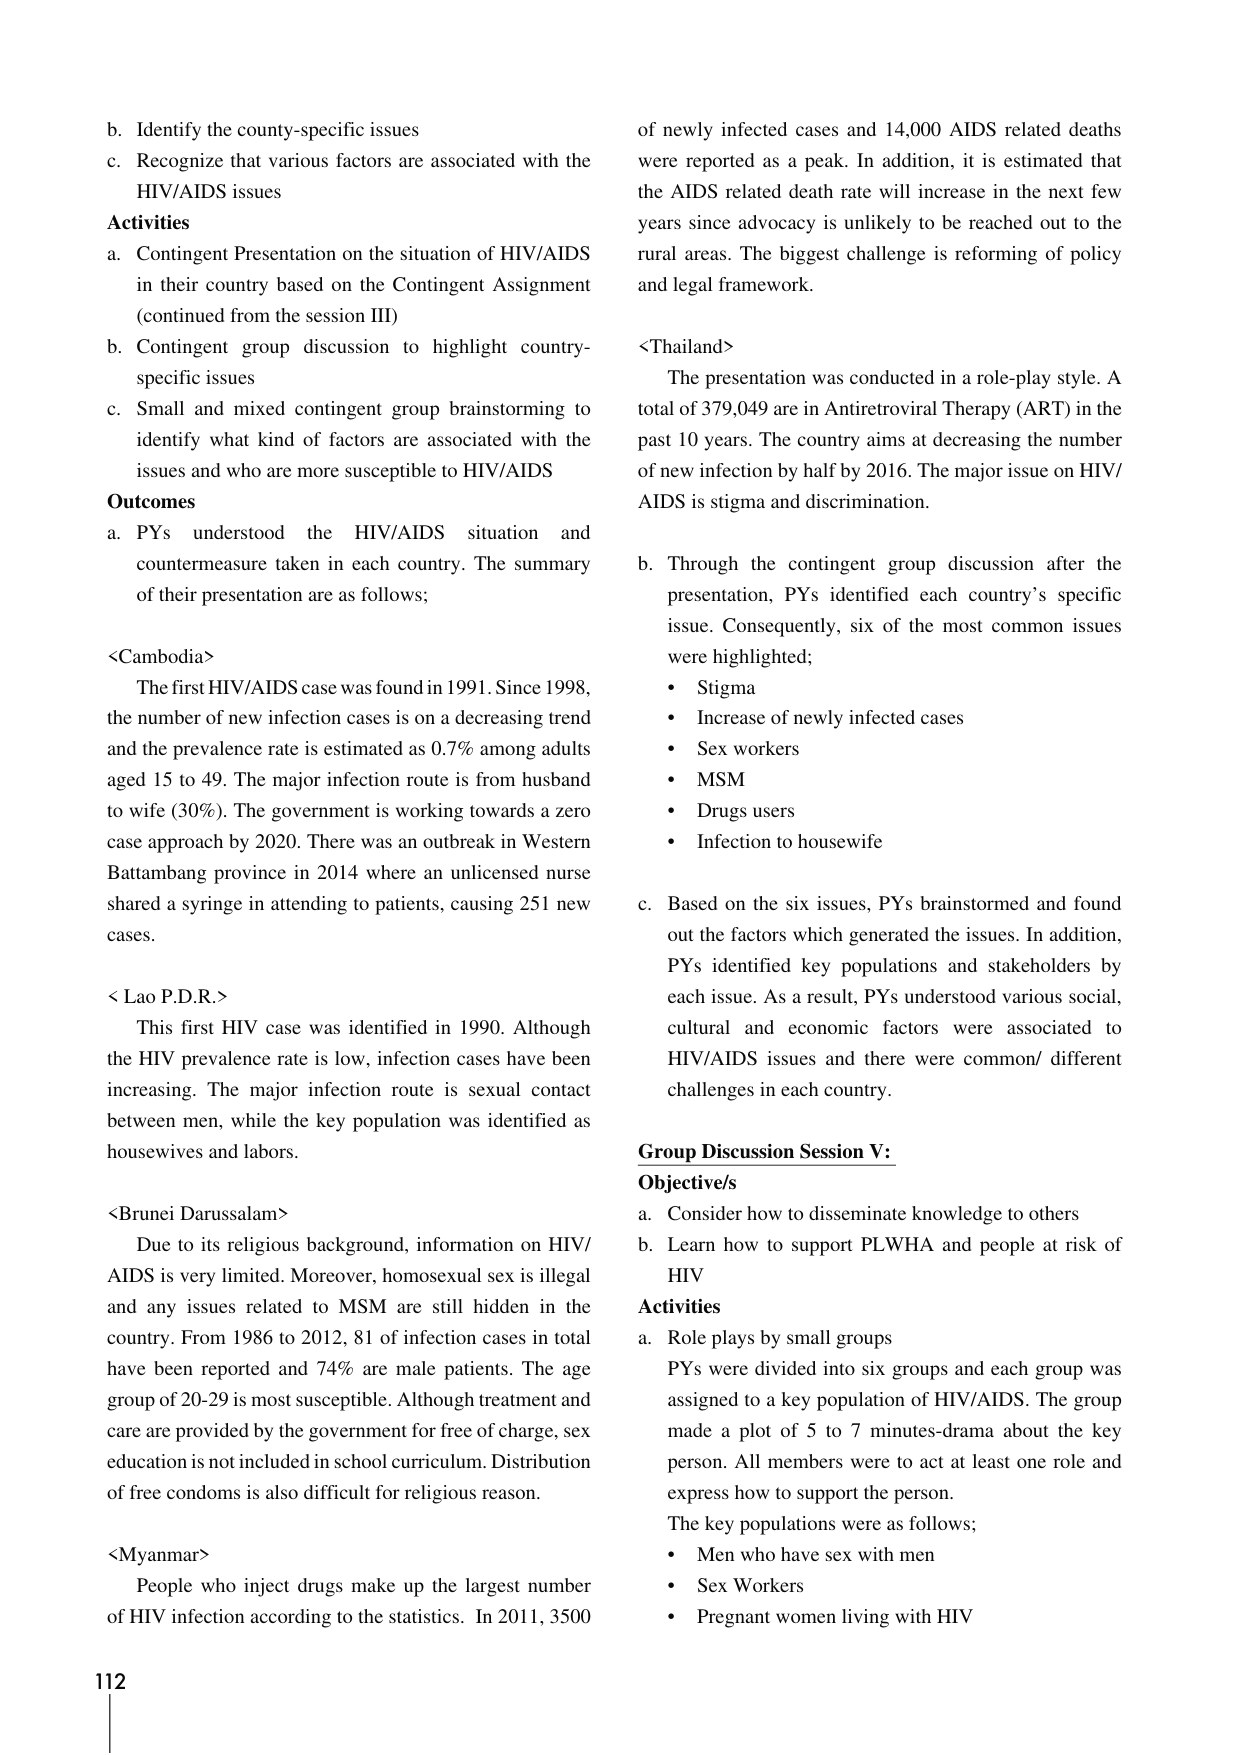
b. Identify the county-specific issues
c. Recognize that various factors are associated with the HIV/AIDS issues

**Activities**
a. Contingent Presentation on the situation of HIV/AIDS in their country based on the Contingent Assignment (continued from the session III)
b. Contingent group discussion to highlight country-specific issues
c. Small and mixed contingent group brainstorming to identify what kind of factors are associated with the issues and who are more susceptible to HIV/AIDS

**Outcomes**
a. PYs understood the HIV/AIDS situation and countermeasure taken in each country. The summary of their presentation are as follows;

<Cambodia>
The first HIV/AIDS case was found in 1991. Since 1998, the number of new infection cases is on a decreasing trend and the prevalence rate is estimated as 0.7% among adults aged 15 to 49. The major infection route is from husband to wife (30%). The government is working towards a zero case approach by 2020. There was an outbreak in Western Battambang province in 2014 where an unlicensed nurse shared a syringe in attending to patients, causing 251 new cases.

<Lao P.D.R.>
This first HIV case was identified in 1990. Although the HIV prevalence rate is low, infection cases have been increasing. The major infection route is sexual contact between men, while the key population was identified as housewives and labors.

<Brunei Darussalam>
Due to its religious background, information on HIV/AIDS is very limited. Moreover, homosexual sex is illegal and any issues related to MSM are still hidden in the country. From 1986 to 2012, 81 of infection cases in total have been reported and 74% are male patients. The age group of 20-29 is most susceptible. Although treatment and care are provided by the government for free of charge, sex education is not included in school curriculum. Distribution of free condoms is also difficult for religious reason.

<Myanmar>
People who inject drugs make up the largest number of HIV infection according to the statistics. In 2011, 3500 of newly infected cases and 14,000 AIDS related deaths were reported as a peak. In addition, it is estimated that the AIDS related death rate will increase in the next few years since advocacy is unlikely to be reached out to the rural areas. The biggest challenge is reforming of policy and legal framework.

<Thailand>
The presentation was conducted in a role-play style. A total of 379,049 are in Antiretroviral Therapy (ART) in the past 10 years. The country aims at decreasing the number of new infection by half by 2016. The major issue on HIV/AIDS is stigma and discrimination.

b. Through the contingent group discussion after the presentation, PYs identified each country’s specific issue. Consequently, six of the most common issues were highlighted;
- Stigma
- Increase of newly infected cases
- Sex workers
- MSM
- Drugs users
- Infection to housewife

c. Based on the six issues, PYs brainstormed and found out the factors which generated the issues. In addition, PYs identified key populations and stakeholders by each issue. As a result, PYs understood various social, cultural and economic factors were associated to HIV/AIDS issues and there were common/ different challenges in each country.

**Group Discussion Session V:**
**Objective/s**
a. Consider how to disseminate knowledge to others
b. Learn how to support PLWHA and people at risk of HIV

**Activities**
a. Role plays by small groups
PYs were divided into six groups and each group was assigned to a key population of HIV/AIDS. The group made a plot of 5 to 7 minutes-drama about the key person. All members were to act at least one role and express how to support the person.
The key populations were as follows;
- Men who have sex with men
- Sex Workers
- Pregnant women living with HIV

112